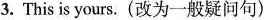
3. This is yours.(改为一般疑间句)